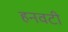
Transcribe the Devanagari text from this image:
हनवटी